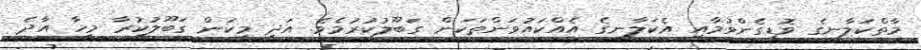
މާތްކަލާނގެ ވޮޑިގެންވުމާއި އެކަލާނގެ އެއްކައުވަންތަކަން ގަބޫލުކުރުމެވެ. އަދި މިކަން ގަބޫލުކުރާ މީހާ އާދެ